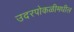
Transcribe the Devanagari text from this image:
उदरपोकळीमधील